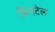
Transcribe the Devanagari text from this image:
फ़िनटेल